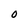
Character: O